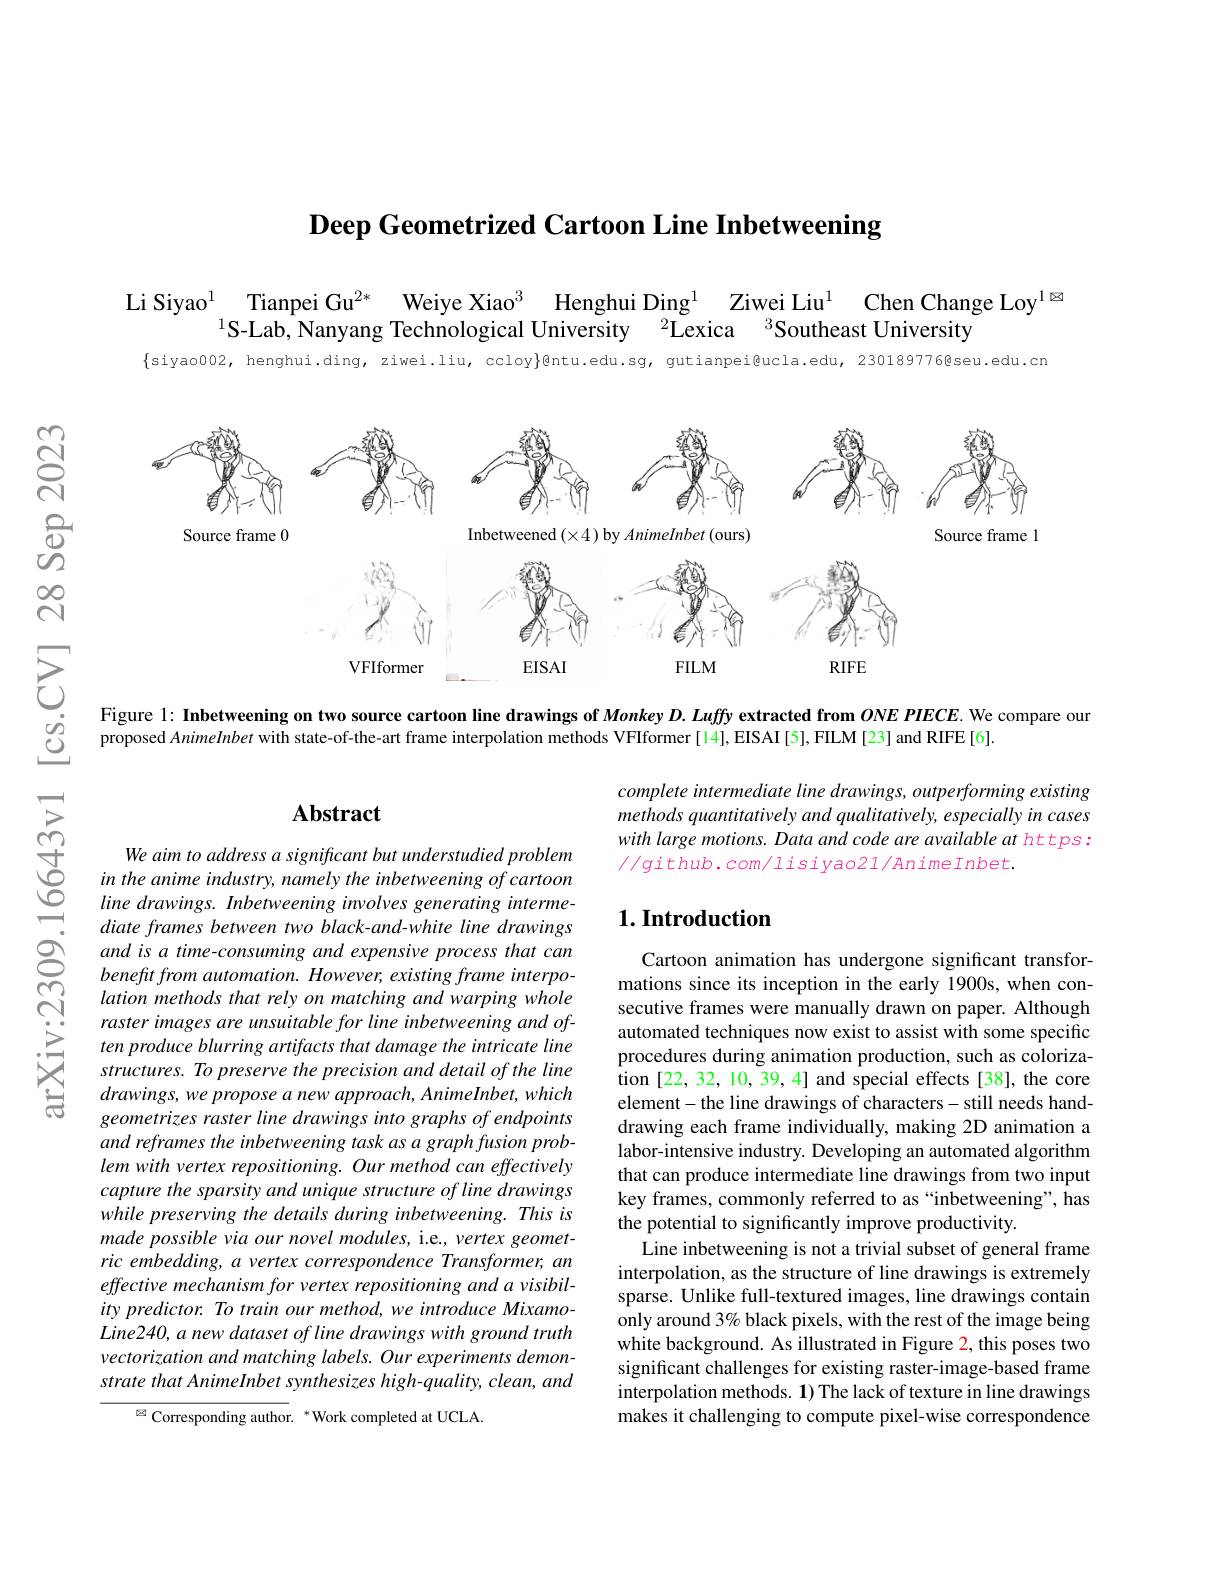
$\textbf{Deep Geometrized Cartoon Line Inbetweening}$

$ଟ୍ରି$

$\begin{array}{c}{\text{i Siyao}^{1}}&{\text{Tianpei Gu}^{2*}}&{\text{Weiye Xiao}^{3}}&{\text{Henghui Ding}^{1}}&{\text{Ziwei Liu}^{1}}&{\text{Chen Change Loy}^{1\:\otimes}}\\{\text{S-Lab, Nanyang Technological University}}&{^{2}\text{Lexica}}&{^{3}\text{Southeast University}}\end{array}$

$\{$siyao002, henghui.ding, ziwei.liu, ccloy$\}$@ntu.edu.sg, gutianpei@ucla.edu, 230189776@seu.edu.cn

$ప్రి$
<FigureHere>

Figure 1: Inbetweening on two source cartoon line drawings of Monkey D. Luffy extracted from $ONEPIECE$. We compare our

proposed AnimeInbet with state-of-the-art frame interpolation methods VFIformer[14], EISAI[5], FILM[23] and RIFE[6].

### $\mathbf{Abstract}$

complete intermediate line drawings, outperforming existing methods quantitatively and qualitatively, especially in cases with large motions. Data and code are available at https: $//github.com/lisiyao21/AnimeInbet.$

### $1. \textbf{Introduction}$

We aim to address a significant but understudied problem in the anime industry, namely the inbetweening of cartoon line drawings. Inbetweening involves generating intermediate frames between two black-and-white line drawings and is a time-consuming and expensive process that can benefit from automation. However, existing frame interpolation methods that rely on matching and warping whole raster images are unsuitable for line inbetweening and often produce blurring artifacts that damage the intricate line structures. To preserve the precision and detail of the line $drawings,weproposeanewapproach,AnimeInbet,which$ geometrizes raster line drawings into graphs of endpoints and reframes the inbetweening task as a graph fusion problem with vertex repositioning. Our method can effectively capture the sparsity and unique structure of line drawings while preserving the details during inbetweening. This is made possible via our novel modules, i.e., vertex geometric embedding, a vertex correspondence Transformer, an effective mechanism for vertex repositioning and a visibility predictor. To train our method, we introduce MixamoLine240, a new dataset of line drawings with ground truth vectorization and matching labels. Our experiments demonstrate that AnimeInbet synthesizes high-quality, clean, and
$^{\otimes}$Corresponding author. $^*$Work completed at UCLA

Cartoon animation has undergone significant transformations since its inception in the early 1900s, when consecutive frames were manually drawn on paper. Although automated techniques now exist to assist with some specific procedures during animation production, such as colorization [22, 32, 10, 39, 4] and special effects [38], the core element-the line drawings of characters-still needs handdrawing each frame individually, making 2D animation a labor-intensive industry. Developing an automated algorithm that can produce intermediate line drawings from two input key frames, commonly referred to as “inbetweening”, has the potential to significantly improve productivity.
Line inbetweening is not a trivial subset of general frame interpolation, as the structure of line drawings is extremely sparse. Unlike full-textured images, line drawings contain only around 3% black pixels, with the rest of the image being white background. As illustrated in Figure 2, this poses two significant challenges for existing raster-image-based frame interpolation methods. 1) The lack of texture in line drawings makes it challenging to compute pixel-wise correspondence